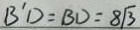
B ^ { \prime } D = B D = 8 \sqrt { 3 }